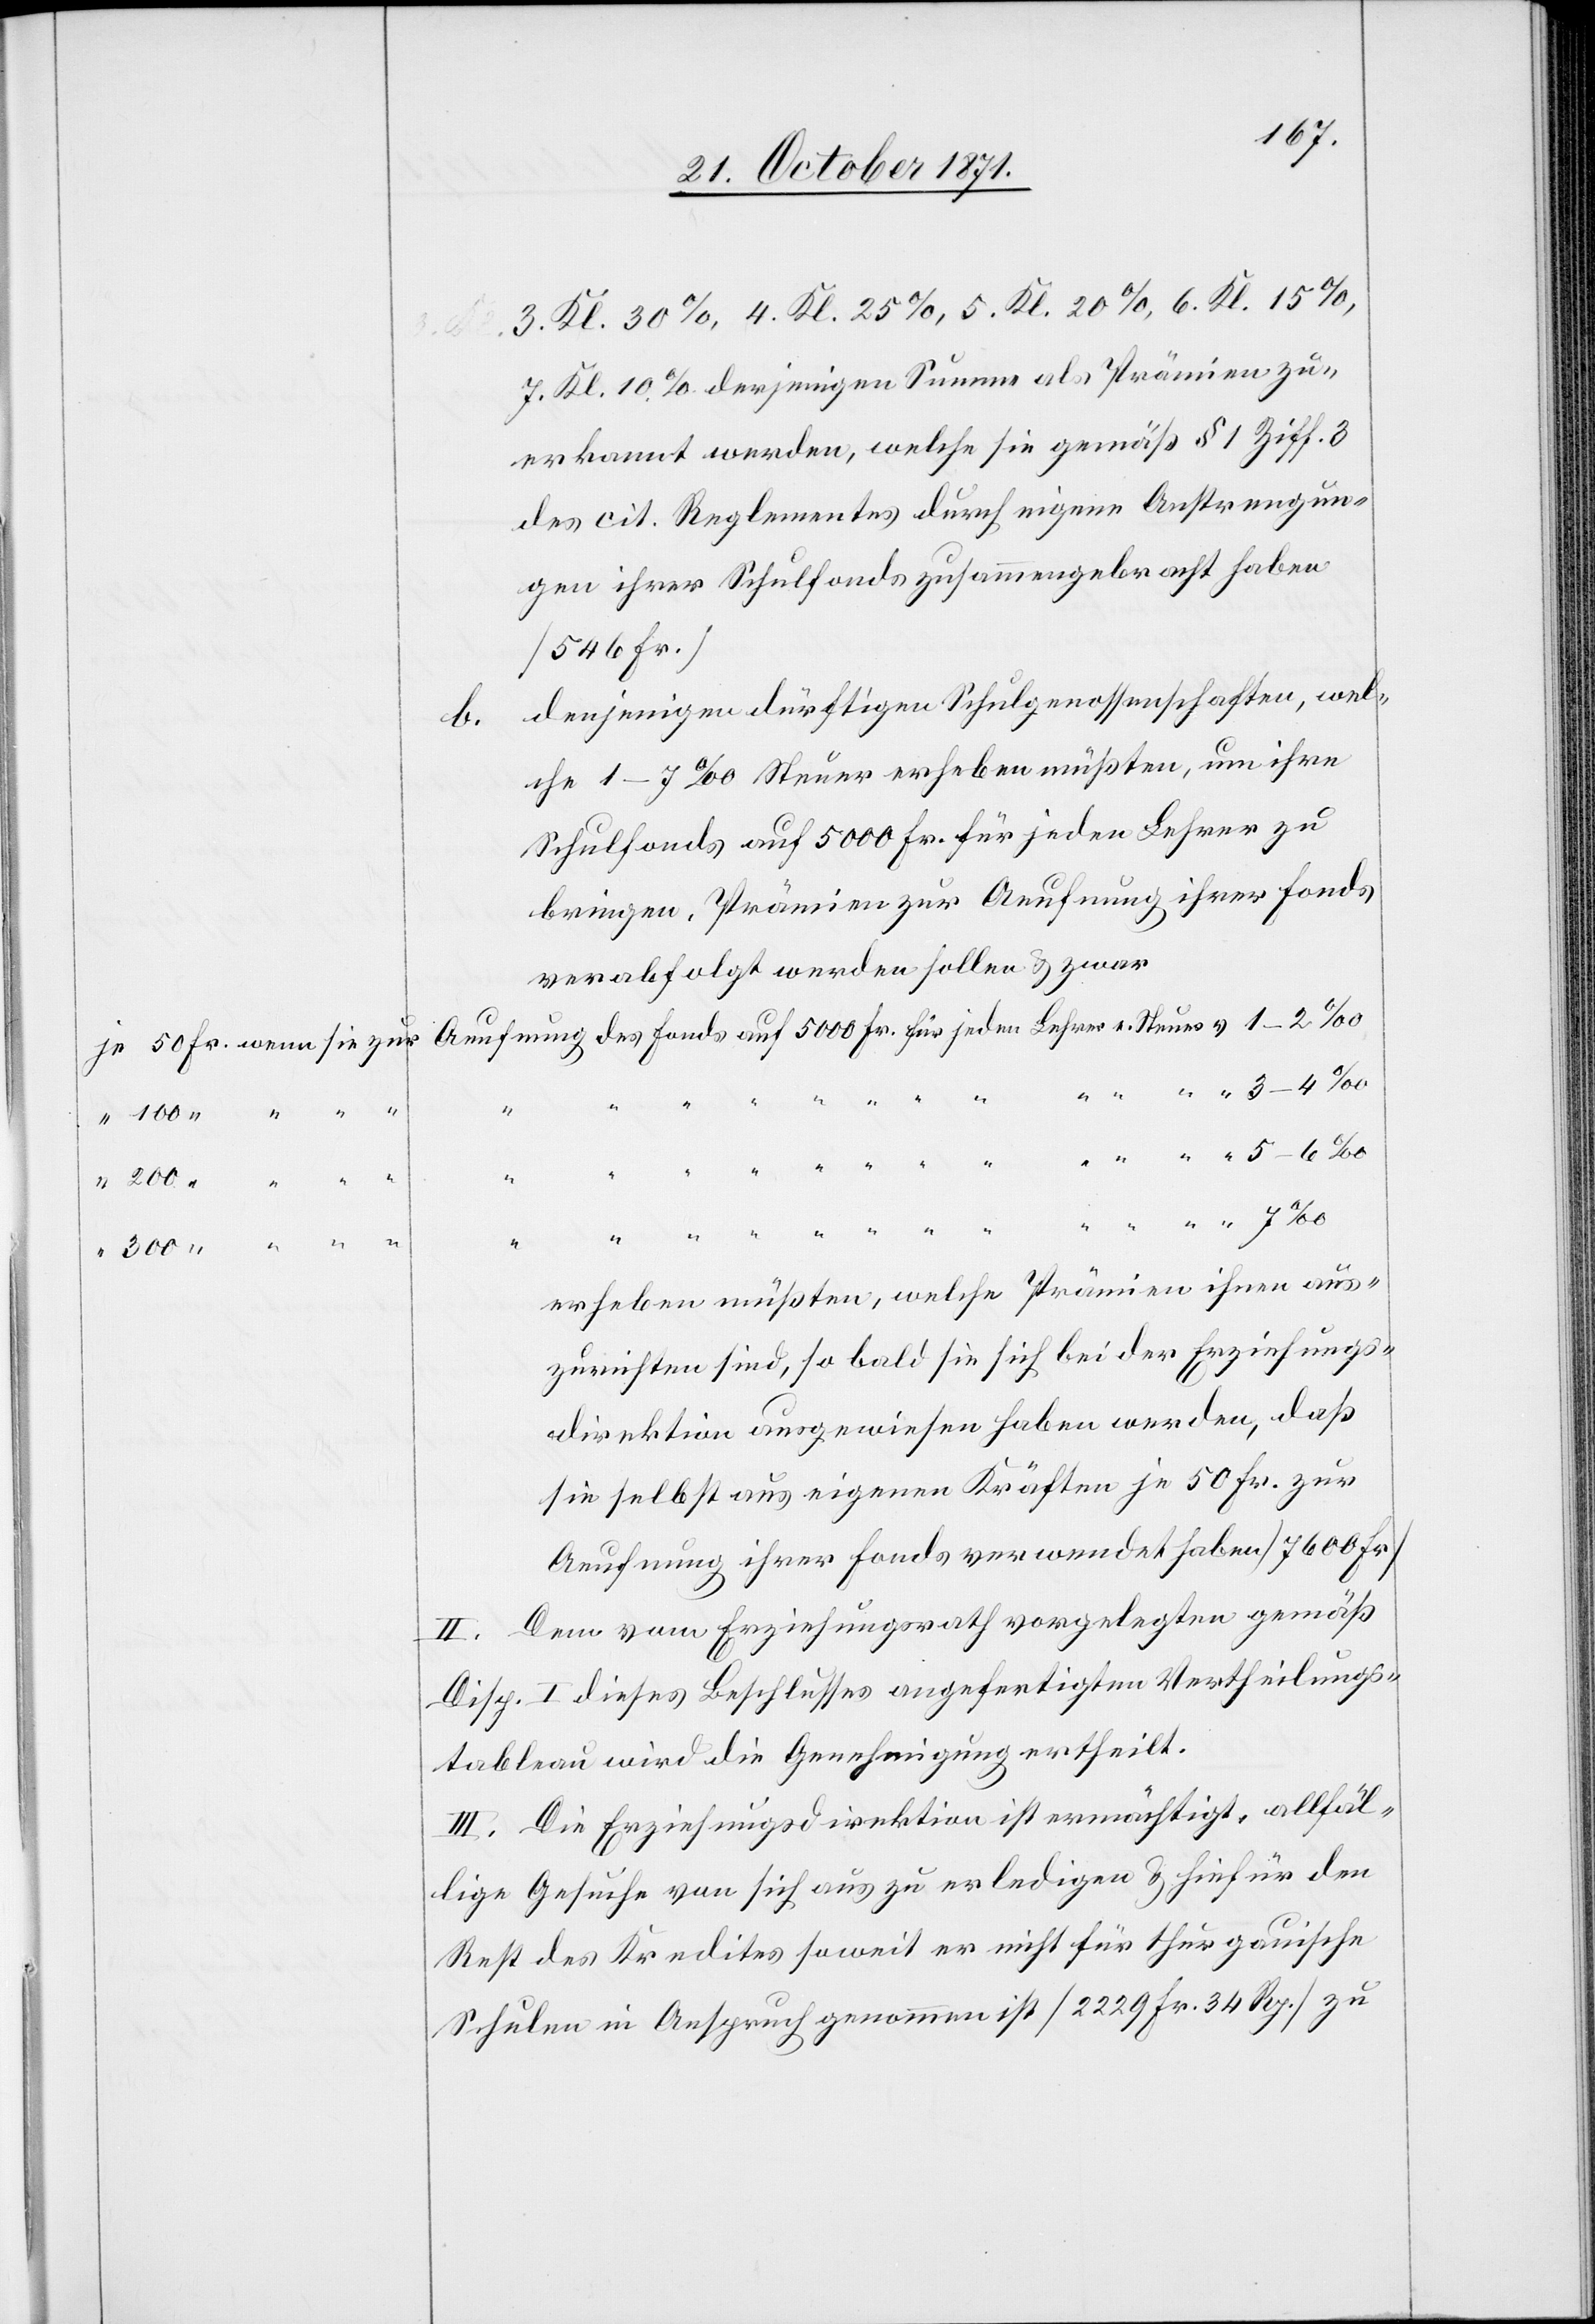
3. Kl. 30%, 4. Kl. 25%, 5. Kl. 20%, 6. Kl. 15%,
v.
7. Kl. 10% derjenigen Summe als Prämien zu¬
erkannt werden, welche sie gemäß § 1 Ziff. 3
des cit. Reglementes durch eigene Anstrengun¬
gen ihrer Schulfonds zusammengebracht haben
(546 Fr.)
denjenigen dürftigen Schulgenossenschaften, wel¬
b.
che 1–7% Steuer erheben müßten, um ihre
Schulfonds auf 5000 Fr. für jeden Lehrer zu
bringen, Prämien zur Aeufnung ihrer Fonds
verabfolgt werden sollen & zwar
e.
Ste¬
erheben müßten, welche Prämien ihnen aus¬
zurichten sind, so bald sie sich bei der Erziehungs¬
direktion ausgewiesen haben werden, daß
sie selbst aus eigenen Kräften je 50 Fr. zur
Aeufnung ihrer Fonds verwendet haben (7600 Fr.)
Dem vom Erziehungsrath vorgelegten gemäß
Disp. I dieses Beschlusses angefertigten Vertheilungs¬
tableau wird die Genehmigung ertheilt.
III. Die Erziehungsdirektion ist ermächtigt, allfäl¬
lige Gesuche von sich aus zu erledigen & hiefür den
Rest des Kredites soweit er nicht für thurgauische
Schulen in Anspruch genommen ist (2229 Fr. 34 Rp.) zu